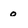
Character: o